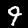
Label: 9